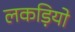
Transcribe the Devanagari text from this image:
लकड़ियो